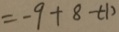
- 9 + 8 - ( - 1 )